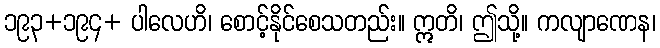
၁၉၃+၁၉၄+ ပါလေဟိ၊ စောင့်နိုင်စေသတည်း။ ဣတိ၊ ဤသို့။ ကလျာဏေန၊